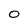
Character: 0